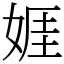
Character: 娾